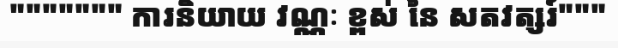
""""""" ការនិយាយ វណ្ណៈ ខ្ពស់ នៃ សតវត្សរ៍"""